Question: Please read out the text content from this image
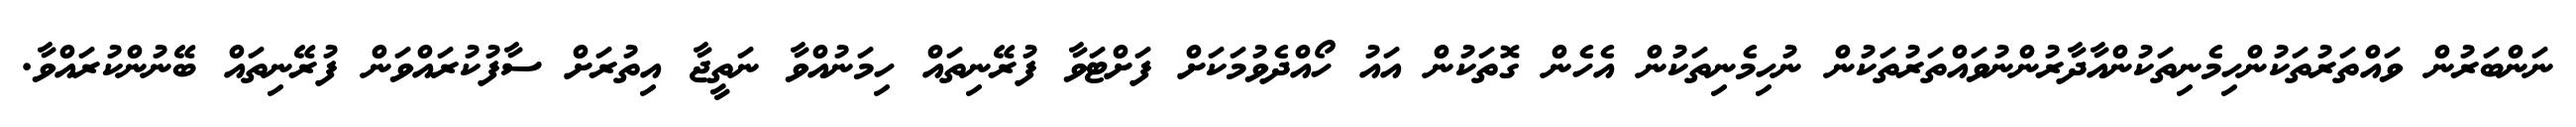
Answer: ނަންބަރުން ވައްތަރުތަކުންހިމެނިތަކުންއާދާރުންނުވައްތަރުތަކުން ނުހިމެނިތަކުން އެހެން ގޮތަކުން އައު ހޯއްދެވުމަކަށް ފަށްޓަވާ ފުރޭނިތައް ހިމަނުއްވާ ނަތީޖާ އިތުރަށް ސާފުކުރައްވަން ފުރޭނިތައް ބޭނުންކުރައްވާ.